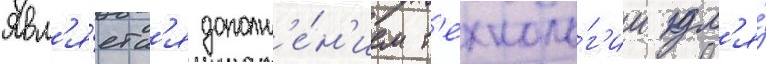
Явл'я́етс'я дополн'е́н'ием т'ехноло́г'ии дл'я́